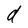
Character: d